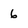
Character: 6